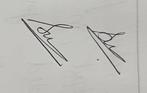
Signature authenticity: genuine